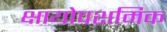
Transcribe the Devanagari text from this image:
क्षायोपशमिक